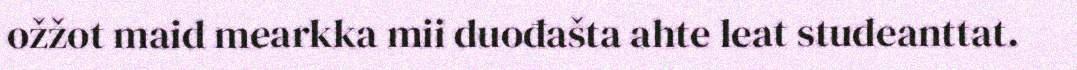
ožžot maid mearkka mii duođašta ahte leat studeanttat.